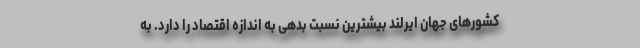
کشورهای جهان ایرلند بیشترین نسبت بدهی به اندازه اقتصاد را دارد. به